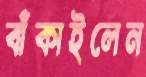
বাঁকাইলেন